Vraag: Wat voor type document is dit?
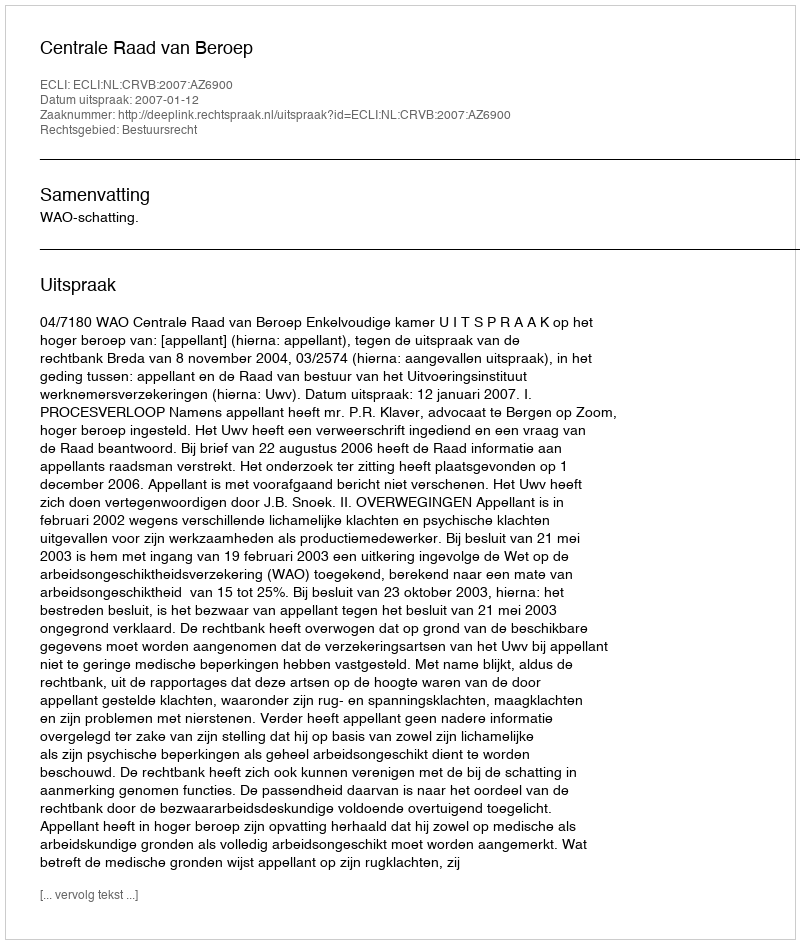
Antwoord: Uitspraak